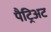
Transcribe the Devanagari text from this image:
पैट्रिअट